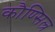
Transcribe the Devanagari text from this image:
कौण्सिल्र